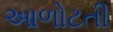
આળોટતી